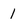
Character: 1